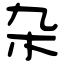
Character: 杂